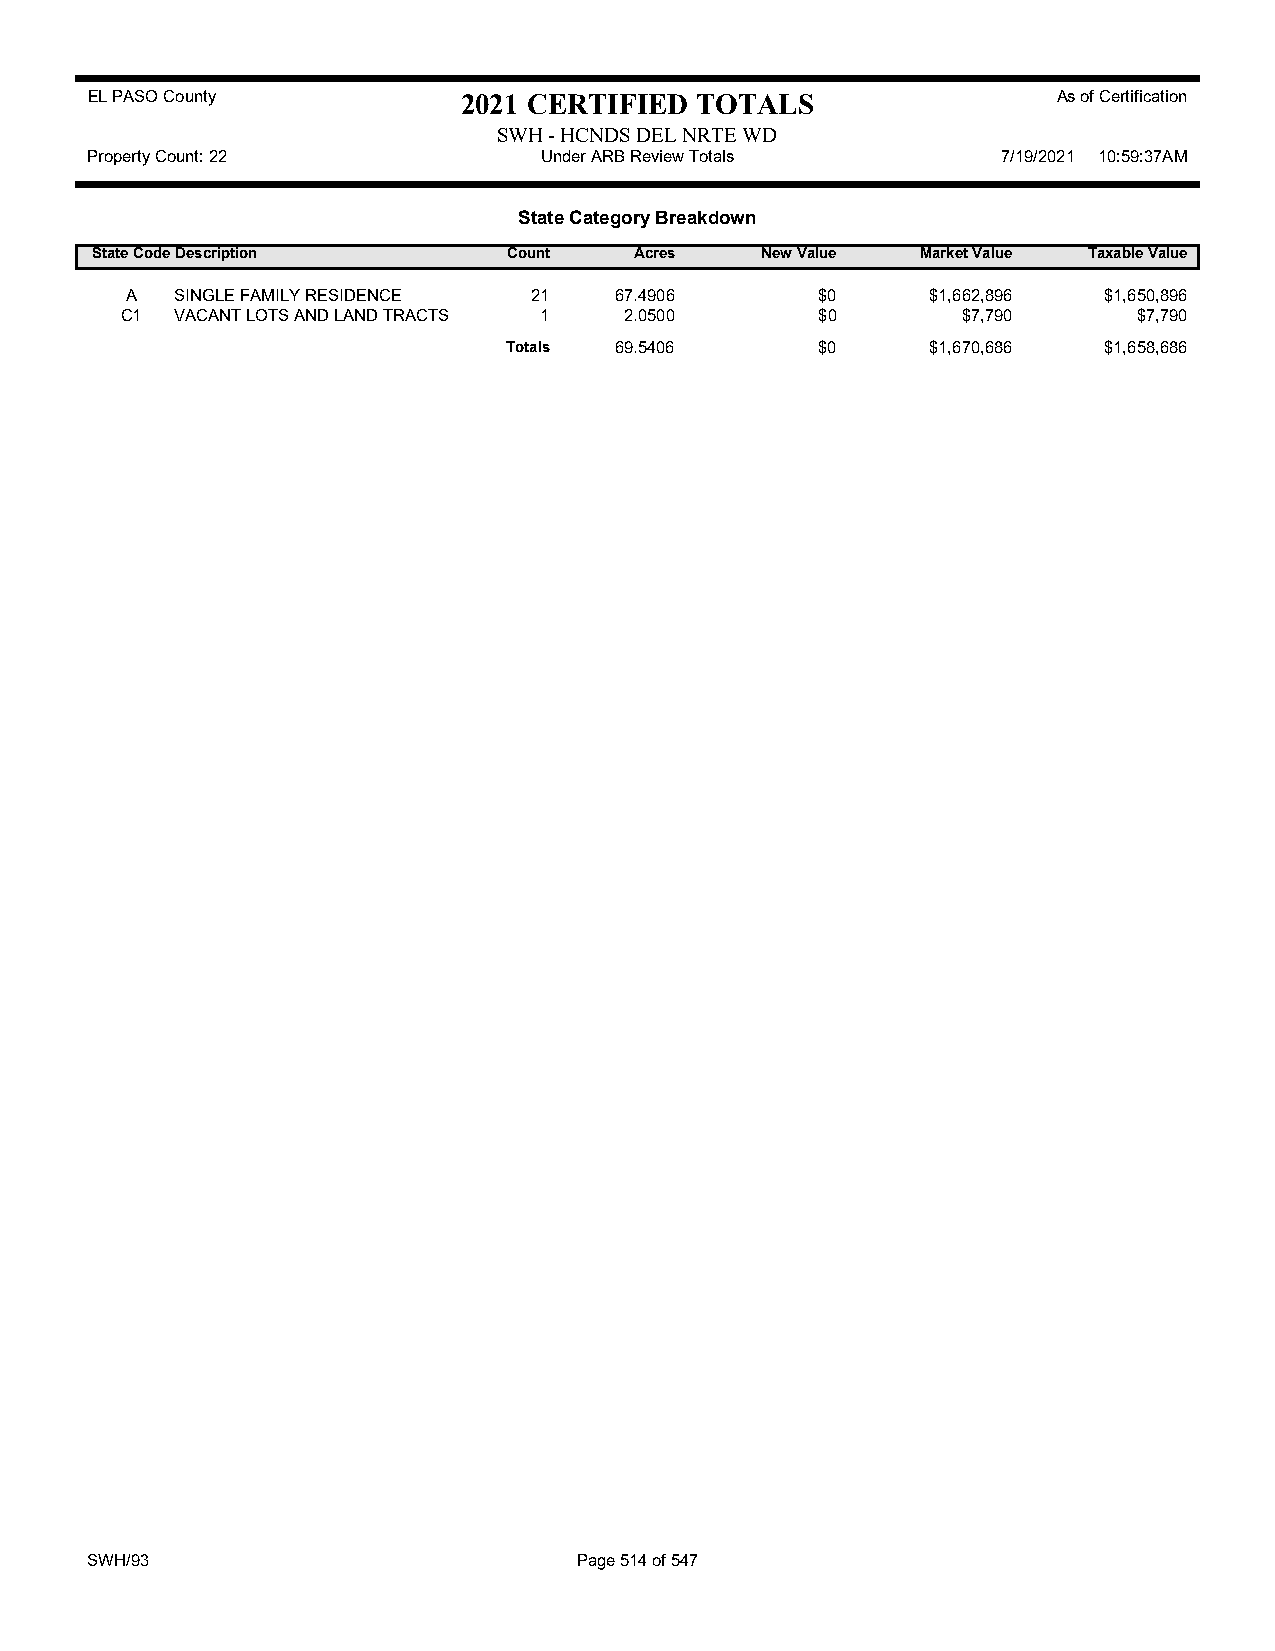
EL PASO County           2021 CERTIFIED TOTALS                  As of Certification
 SWH - HCNDS DEL NRTE WD
 Property Count: 22            Under ARB Review Totals       7/19/2021 10:59:37AM
 State Category Breakdown
 State CodeDescription       Count   Acres   New Value  Market Value Taxable Value
 A   SINGLE FAMILY RESIDENCE 21   67.4906      $0      $1,662,896 $1,650,896
 C1  VACANT LOTS AND LAND TRACTS 1 2.0500      $0        $7,790     $7,790
 Totals 69.5406      $0      $1,670,686 $1,658,686
 SWH/93                          Page 514 of 547